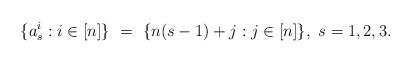
LaTeX: \begin{align*}\{ a^i_s : i \in [n] \} \ = \ \{ n(s-1) + j : j \in [n] \}, \ s = 1, 2, 3.\end{align*}